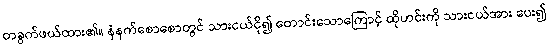
တခွက်ဖယ်ထား၏။ နံနက်စောစောတွင် သားငယ်ငို၍ တောင်းသောကြောင့် ထိုဟင်းကို သားငယ်အား ပေး၍